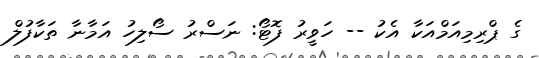
ގެ ޕްރިމިއަމްއަކާ އެކު -- ހަވީރު ފޮޓޯ: ނަސްރު ސޯލިހު އަމާނާ ތަކާފުލް